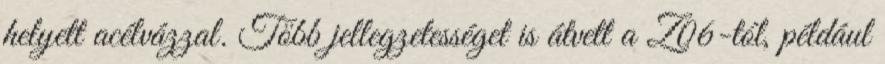
helyett acélvázzal. Több jellegzetességet is átvett a Z06-tól, például